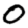
Digit: 0